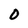
Character: 0